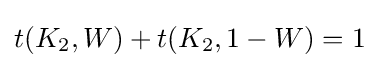
t(K_{2},W)+t(K_{2},1-W)=1